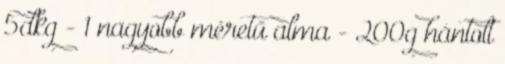
5dkg - 1 nagyobb méretű alma - 200g hántolt